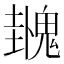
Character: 𫙌